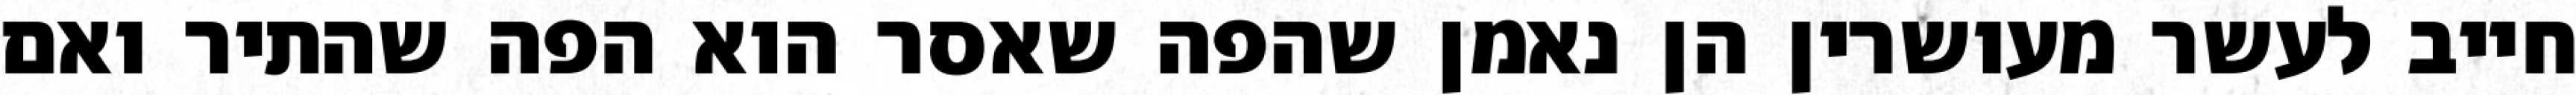
חייב לעשר מעושרין הן נאמן שהפה שאסר הוא הפה שהתיר ואם